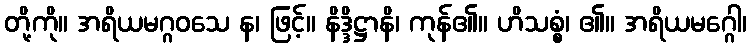
တို့ကို။ အရိယမဂ္ဂဝသေ န၊ ဖြင့်။ နိဒ္ဒိဋ္ဌာနိ၊ ကုန်၏။ ဟိသစ္စံ၊ ၏။ အရိယမဂ္ဂေါ၊